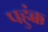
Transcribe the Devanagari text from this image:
पहुंक्क